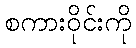
စကားဝိုင်းကို